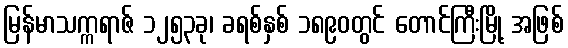
မြန်မာသက္ကရာဇ် ၁၂၅၃ခု၊ ခရစ်နှစ် ၁၈၉၀တွင် တောင်ကြီးမြို့ အဖြစ်